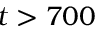
t > 7 0 0